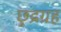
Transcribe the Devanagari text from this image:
छुद्रग्रह